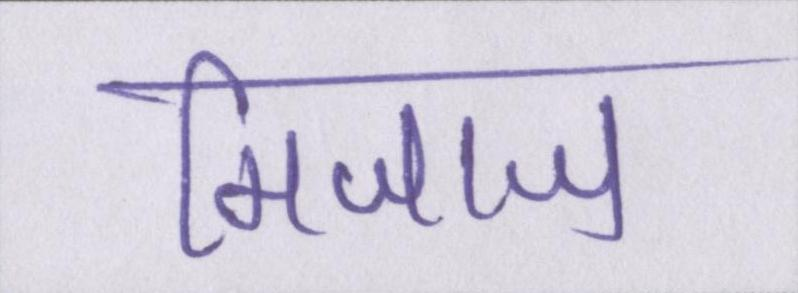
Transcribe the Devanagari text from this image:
मिजाज